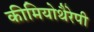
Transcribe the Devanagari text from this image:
कीमियोथैरेपी